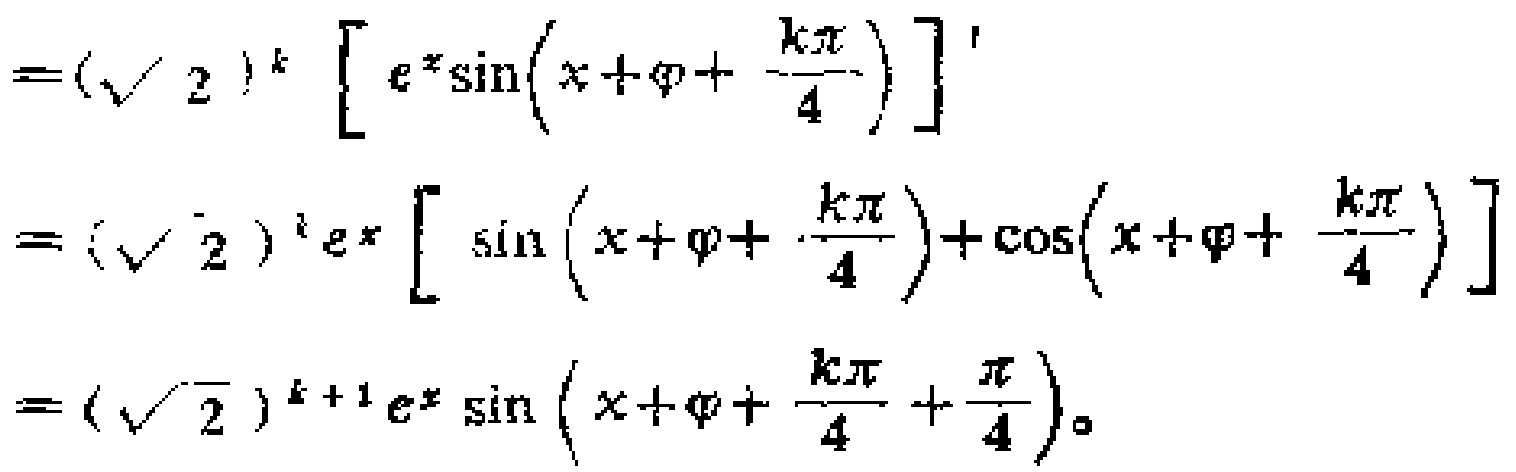
\[
\begin{align*}
&=(\sqrt{2})^k\left[e^x\sin\left(x + \varphi+\frac{k\pi}{4}\right)\right]'\\
&=(\sqrt{2})^k e^x\left[\sin\left(x + \varphi+\frac{k\pi}{4}\right)+\cos\left(x + \varphi+\frac{k\pi}{4}\right)\right]\\
&=(\sqrt{2})^{k + 1}e^x\sin\left(x + \varphi+\frac{k\pi}{4}+\frac{\pi}{4}\right)。
\end{align*}
\]